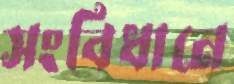
সংবিধানে